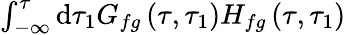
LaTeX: \begin{array}{rl}{\int_{-\infty}^{\tau}\mathrm{d}\tau_{1}G_{fg}\left(\tau,\tau_{1}\right)H_{fg}\left(\tau,\tau_{1}\right)}\end{array}